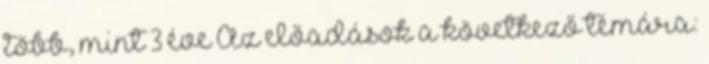
több, mint 3 éve Az előadások a következő témára: